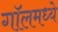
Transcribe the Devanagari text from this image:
गॉलमध्ये